Report of the Municipal Commissioner on the plague in Bombay for the year ending 31st May... - Volume 1
Disease focus: Plague
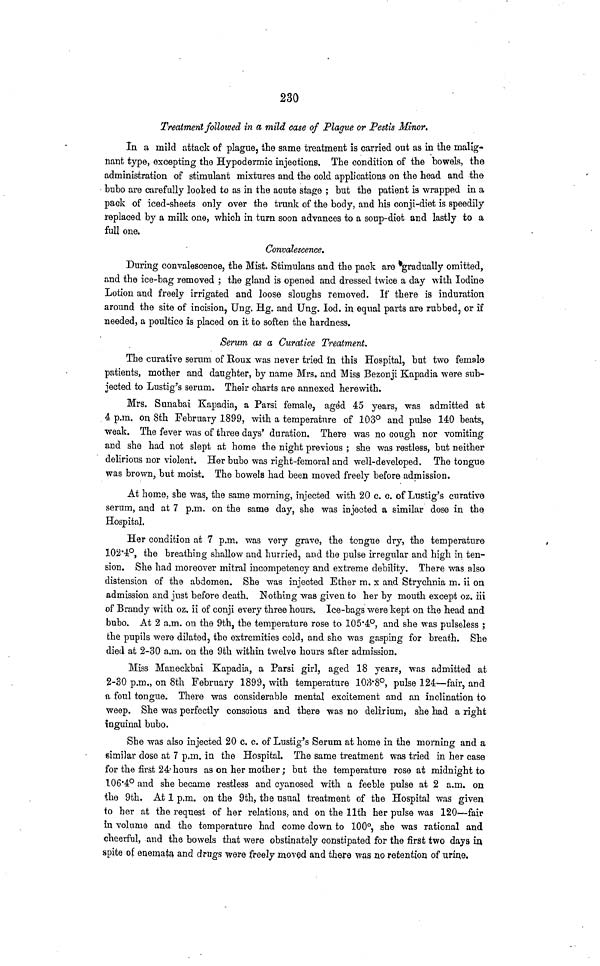
230
Treatment followed in a mild case of Plague or Pestis Minor.
In a mild attack of plague, the same treatment is carried out as in the malig-
nant type, excepting the Hypodermic injections. The condition of the bowels, the
administration of stimulant mixtures and the cold applications on the head and the
buho are carefully looked to as in the acute stage; but the patient is wrapped in a
pack of iced-sheets only over the trunk of the body, and his conji-diet is speedily
replaced by a milk one, which in turn soon advances to a soup-diet and lastly to a
full one.
Convalescence.
During convalescence, the Mist. Stimulans and the pack are gradually omitted,
and the ice-bag removed; the gland is opened and dressed twice a day with Iodine
Lotion and freely irrigated and loose sloughs removed. If there is induration
around the site of incision, Ung. Hg. and Ung. Iod. in equal parts are rubbed, or if
needed, a poultice is placed on it to soften the hardness.
Serum as a Curative Treatment.
The curative serum of Roux was never tried in this Hospital, but two female
patients, mother and daughter, by name Mrs. and Miss Bezonji Kapadia were sub-
jected to Lustig's serum. Their charts are annexed herewith.
Mrs. Snnabai Kapadia, a Parsi female, aged 45 years, was admitted at
4 p.m. on 8th February 1899, with a temperature of 103° and pulse 140 beats,
weak. The fever was of three days' duration. There was no cough nor vomiting
and she had not slept at home the night previous; she was restless, but neither
delirious nor violent. Her bubo was right-femoral and well-developed. The tongue
was brown, but moist. The bowels had been moved freely before admission.
At home, she was, the same morning, injected with 20 c. c. of Lustig's curative
serum, and at 7 p.m. on the same day, she was injected a similar dose in the
Hospital.
Her condition at 7 p.m. was very grave, the tongue dry, the temperature
102·4°, the breathing shallow and hurried, and the pulse irregular and high in ten-
sion. She had moreover mitral iucompetency and extreme debility. There was also
distension of the abdomen. She was injected Ether m. x and Strychnia m. ii on
admission and just before death. Nothing was given to her by mouth except oz. iii
of Brandy with oz. ii of conji every three hours. Ice-bags were kept on the head and
bubo. At 2 a.m. on the 9th, the temperature rose to 105·4°, and she was pulseless;
the pupils were dilated, the extremities cold, and she was gasping for breath. She
died at 2-30 a.m. on the 9th within twelve hours after admission.
Miss Maneckbai Kapadia, a Parsi girl, aged 18 years, was admitted at
2-30 p.m., on 8th February 1899, with temperature 103·8°, pulse 124—fair, and
a foul tongue. There was considerable mental excitement and an inclination to
weep. She was perfectly conscious and there was no delirium, she had a right
inguinal bubo.
She was also injected 20 c. c. of Lustig's Serum at home in the morning and a
similar dose at 7 p.m. in the Hospital. The same treatment was tried in her case
for the first 24-hours as on her mother; but the temperature rose at midnight to
106·4° and she became restless and cyanosed with a feeble pulse at 2 a.m. on
the 9th. At 1 p.m. on the 9th, the usual treatment of the Hospital was given
to her at the request of her relations, and on the llth her pulse was 120—fair
in volume and the temperature had come down to 100°, she was rational and
cheerful, and the bowels that were obstinately constipated for the first two days in
spite of enemata and drugs were freely moved and there was no retention of urine.